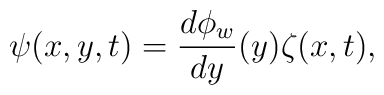
\psi(x,y,t)=\frac{d\phi_w}{dy}(y) \zeta(x,t),